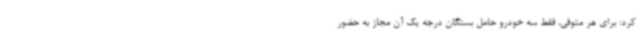
کرد: برای هر متوفی، فقط سه خودرو حامل بستگان درجه یک آن مجاز به حضور